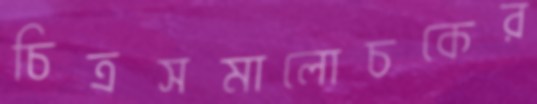
চিত্রসমালোচকের